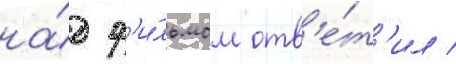
на́д ф'и́льмом отв'е́т'ил /